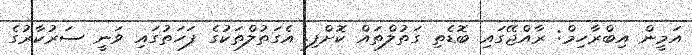
އަމީން އިބްރާހިމް: ރާއްޖޭގައި ބޮޑެތި ގަތުލްތައް ކޮށްފި. އެގަތުލްތަކުގެ ފަހަތުގައި ވަނީ ސަރުކާރުގެ